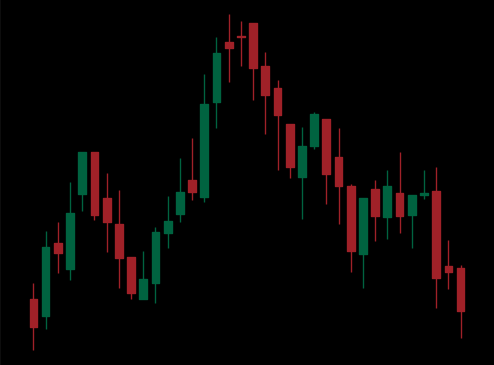
Pattern: head_shoulders